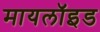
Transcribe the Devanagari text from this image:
मायलॉइड